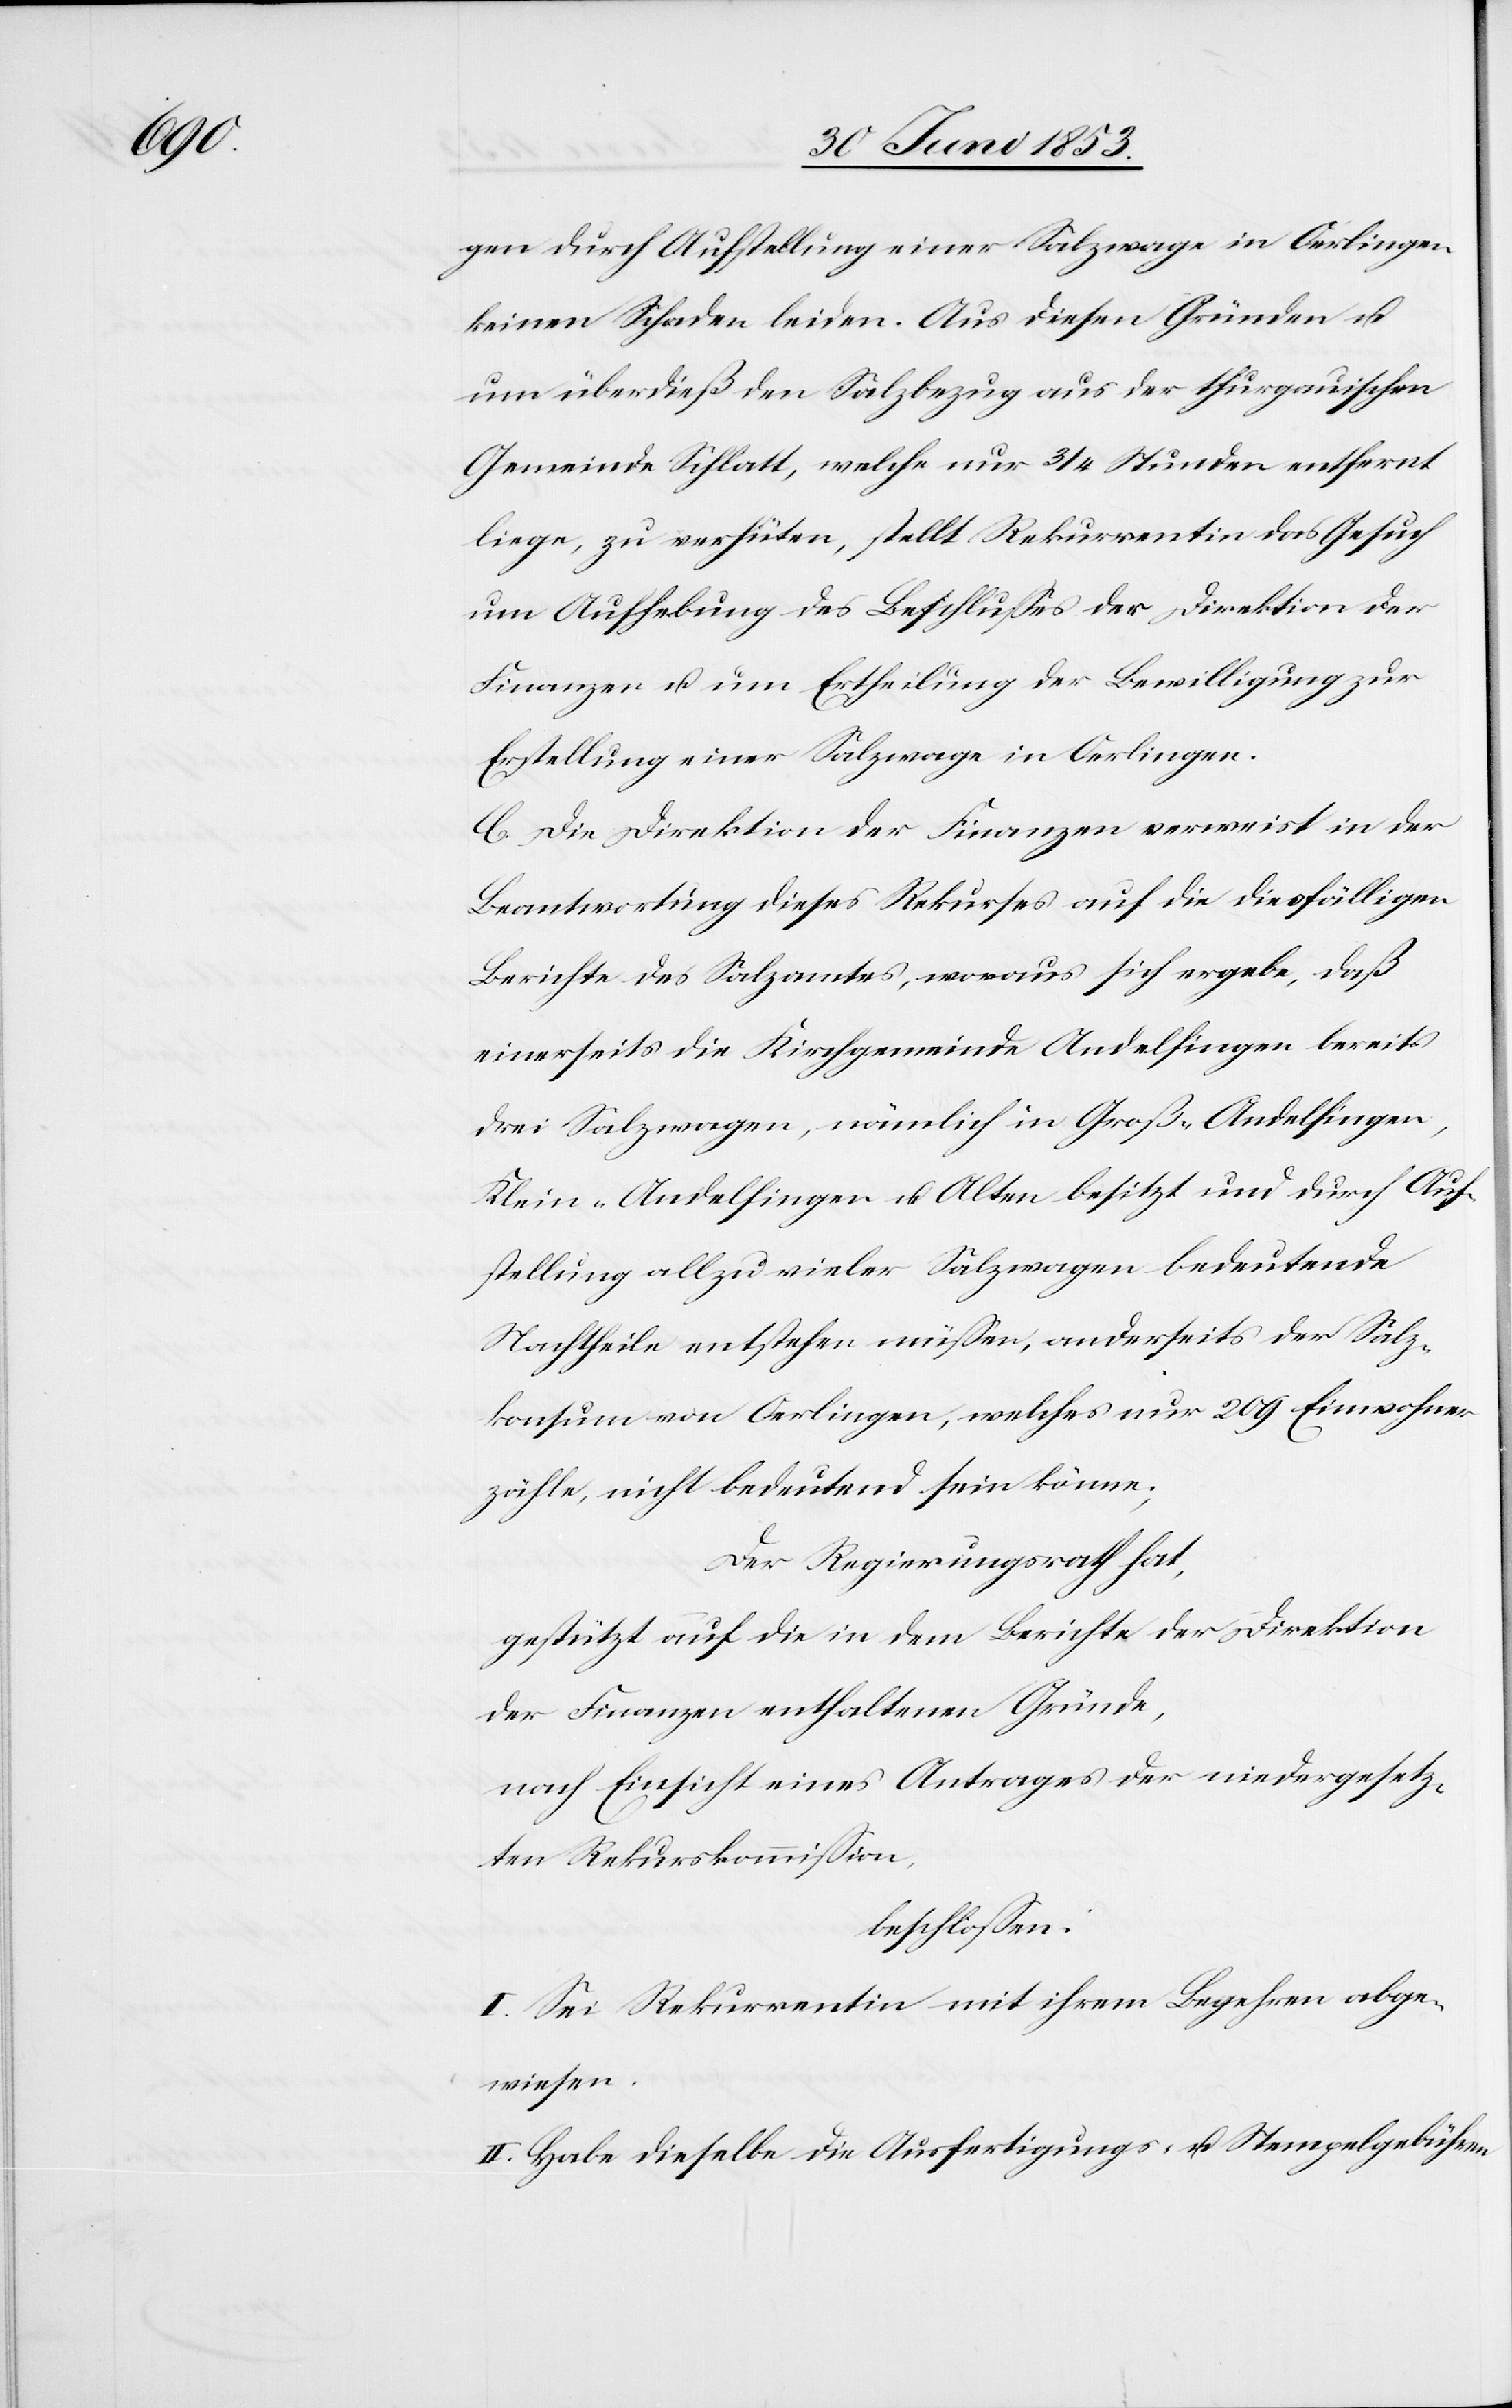
gen durch Aufstellung einer Salzwage in Oerlingen
keinen Schaden leiden. Aus diesen Gründen u.
um überdieß den Salzbezug aus der thurgauischen
Gemeinde Schlatt, welche nur 3/4 Stunden entfernt
liege, zu verhüten, stellt Rekurrentin das Gesuch
um Aufhebung des Beschlußes der Direktion der
Finanzen u. um Ertheilung der Bewilligung zur
Erstellung einer Salzwage in Oerlingen.
C. Die Direktion der Finanzen verweist in der
Beantwortung dieses Rekurses auf die diesfälligen
Berichte des Salzamtes, woraus sich ergebe, daß
einerseits die Kirchgemeinde Andelfingen bereits
drei Salzwagen, nämlich in Groß-Andelfingen,
Klein-Andelfingen u. Olten besitzt und durch Auf¬
stellung allzu vieler Salzwagen bedeutende
Nachtheile entstehen müßen, anderseits der Salz¬
konsum von Oerlingen, welches nur 209 Einwohner
zähle, nicht bedeutend sein könne.
Der Regierungsrath hat,
gestützt auf die in dem Berichte der Direktion
der Finanzen enthaltenen Gründe,
nach Einsicht eines Antrages der wiedergesetz¬
ten Rekurskommißion,
beschloßen:
I. Sei Rekurrentin mit ihrem Begehren abge¬
wiesen.
II. Habe dieselbe die Ausfertigungs- u. Stempelgebühren